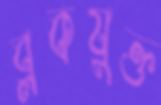
ব্লকযুক্ত